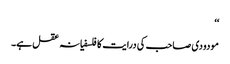
‘‘
مودودی صاحب کی درایت کا فلسفیانہ عقل ہے۔